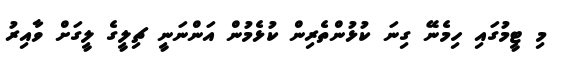
މި ޓީމުގައި ހިމެނޭ ގިނަ ކުޅުންތެރިން ކުޅެމުން އަންނަނީ ޗިލީގެ ލީގަށް ވާއިރު